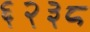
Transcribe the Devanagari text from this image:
६२३८